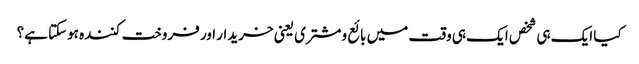
کیا ایک ہی شخص ایک ہی وقت میں بائع ومشتری یعنی خریدار اور فروخت کنندہ ہوسکتا ہے؟